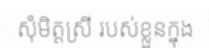
សុំមិត្តស្រី របស់ខ្លួនក្នុង